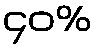
၄၀%